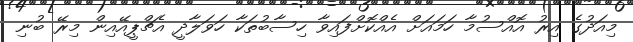
މިއަދުގެ އިރު އޮއްސުމާ ހަމައަށް އެއްކޮށްފައިވާ ހިސާބުތަކާ ހަވަލާދީ އެޗްޕީއޭއިން މިރޭ ބުނި